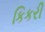
કિકરી